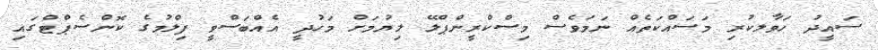
ސައީދު ހަވާލކުރި މަސައްކަތެއް ނަމަވެސް މިސްކްރީންޕްލޭ ލިޔުމަށް މަހުދީ އެއްބަސްވީ ފިލްމުގެ ކޮންސެޕްޓްގައި